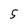
Character: 5